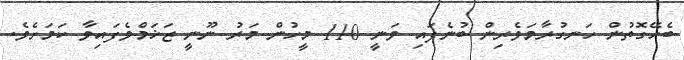
ބެހޭގޮތުން ހަނގުރާމަވެރިން ބުނެފައި ވަނީ 110 މީހުން މަރު ނޫނީ ޒަޚަމްވެފައިވާ ކަމަށެވެ.